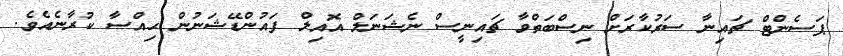
ޕަސެންޓް ޗައިނާ ސަރުކާރަށް ނިސްބަތްވާ ޗައިނީސް ނެޝަނަލް އޮއިލް ފައުންޑޭޝަނުން ޙިއްސާ ކުރާނެއެވެ.